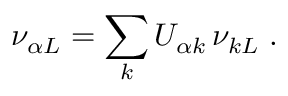
\nu _ { { \alpha } L } = \sum _ { k } U _ { { \alpha } k } \, \nu _ { k L } \; .